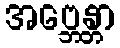
အဗ္ဘေန္တာ